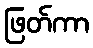
ဖြတ်ကာ